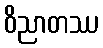
ဝိညာတဿ